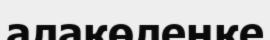
алакөлеңке